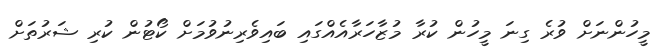
މީހުންނަށް ވުރެ ގިނަ މީހުން ކުރާ މުޒާހަރާއެއްގައި ބައިވެރިނުވުމަށް ކޯޓުން ކުރި ޝަރުތަށް